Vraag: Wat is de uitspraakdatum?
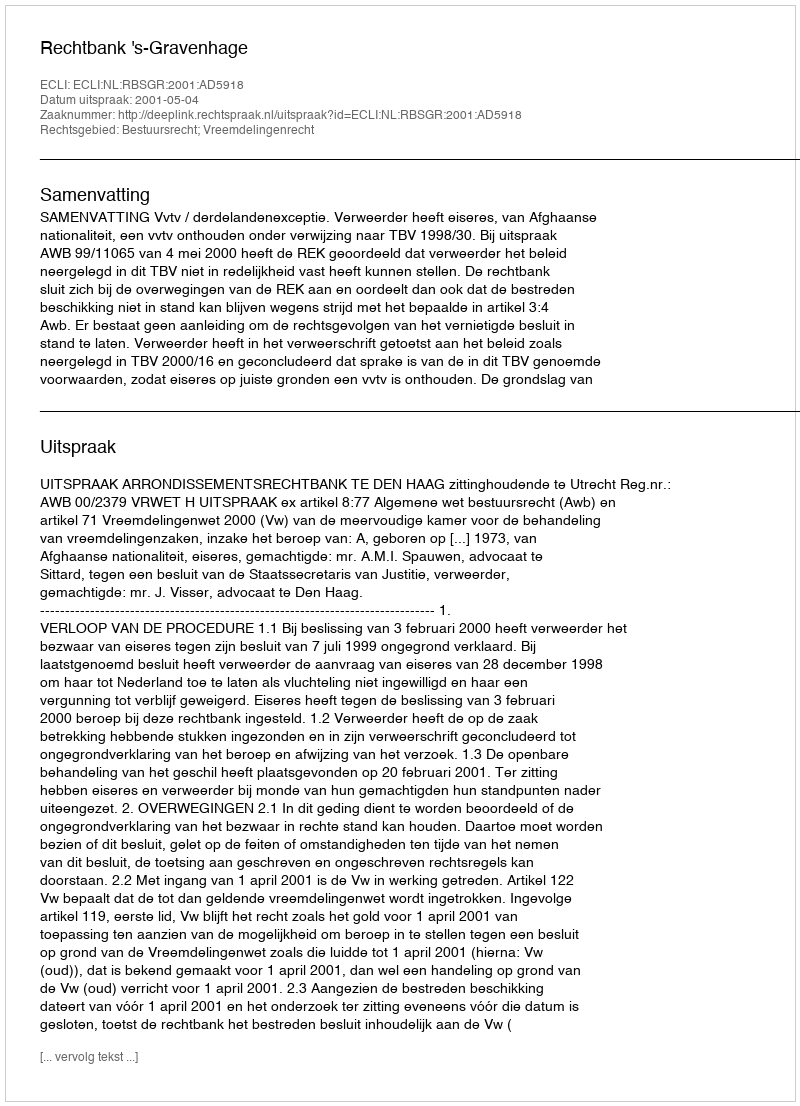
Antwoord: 2001-05-04